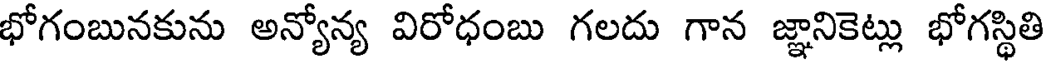
భోగంబునకును అన్యోన్య విరోధంబు గలదు గాన జ్ఞానికెట్లు భోగస్థితి